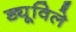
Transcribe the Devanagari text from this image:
ड्यूविले